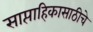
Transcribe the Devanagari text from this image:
साप्ताहिकासाठीचे